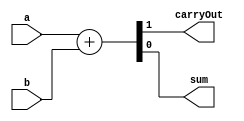
// tags:

module HalfAdder (
        input a,
        input b,
        output carryOut,
        output sum
    );

    assign {carryOut, sum} = a + b;

endmodule